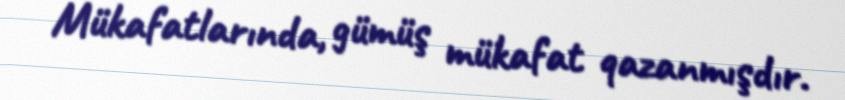
Mükafatlarında, gümüş mükafat qazanmışdır.